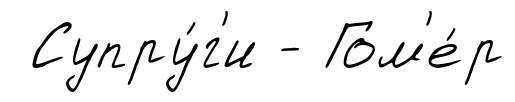
Супру́г'и - Гом'е́р